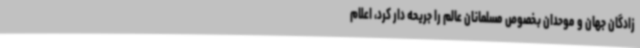
زادگان جهان و موحدان بخصوص مسلمانان عالم را جریحه دار کرد، اعلام